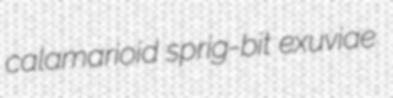
calamarioid sprig-bit exuviae